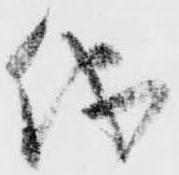
儀